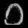
Digit: ၁